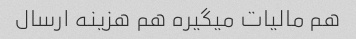
هم مالیات میگیره هم هزینه ارسال